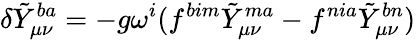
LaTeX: \delta\tilde{Y}_{\mu\nu}^{ba}=-g\omega^{i}(f^{bim}\tilde{Y}_{\mu\nu}^{ma}-f^{nia}\tilde{Y}_{\mu\nu}^{bn})